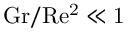
\mathrm { { G r / R e ^ { 2 } \ll 1 } }